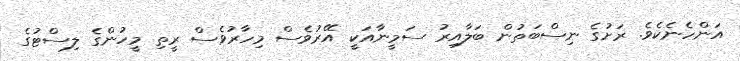
އަންހެނެކެވެ. ރަށުގެ ނިސްބަތުން ބަލާއިރު ސަމީނާއަކީ އޭރުވެސް މިހާރުވެސް ރީތި މީހުންގެ ލިސްޓުގެ